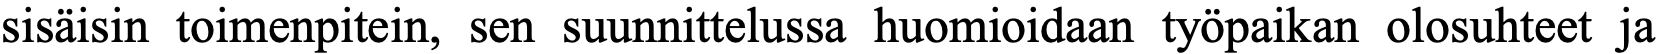
sisäisin toimenpitein, sen suunnittelussa huomioidaan työpaikan olosuhteet ja